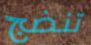
تنضج